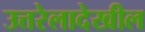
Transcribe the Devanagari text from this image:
उत्तरेलादेखील